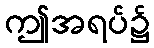
ဤအရပ်၌